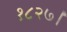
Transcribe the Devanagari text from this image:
१८२७।